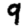
Digit: 9